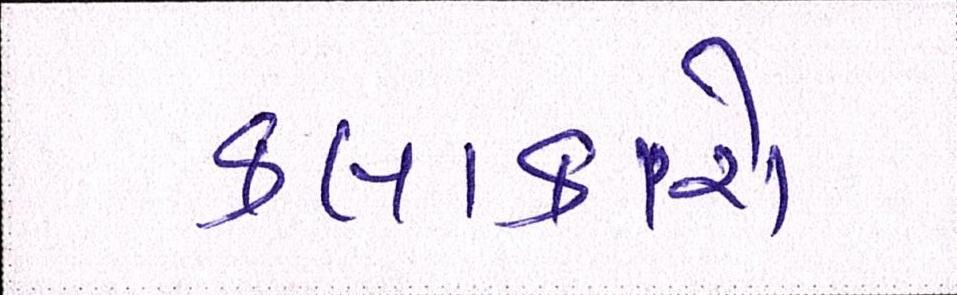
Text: કલાકારો